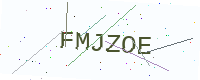
Text: FMJZOE